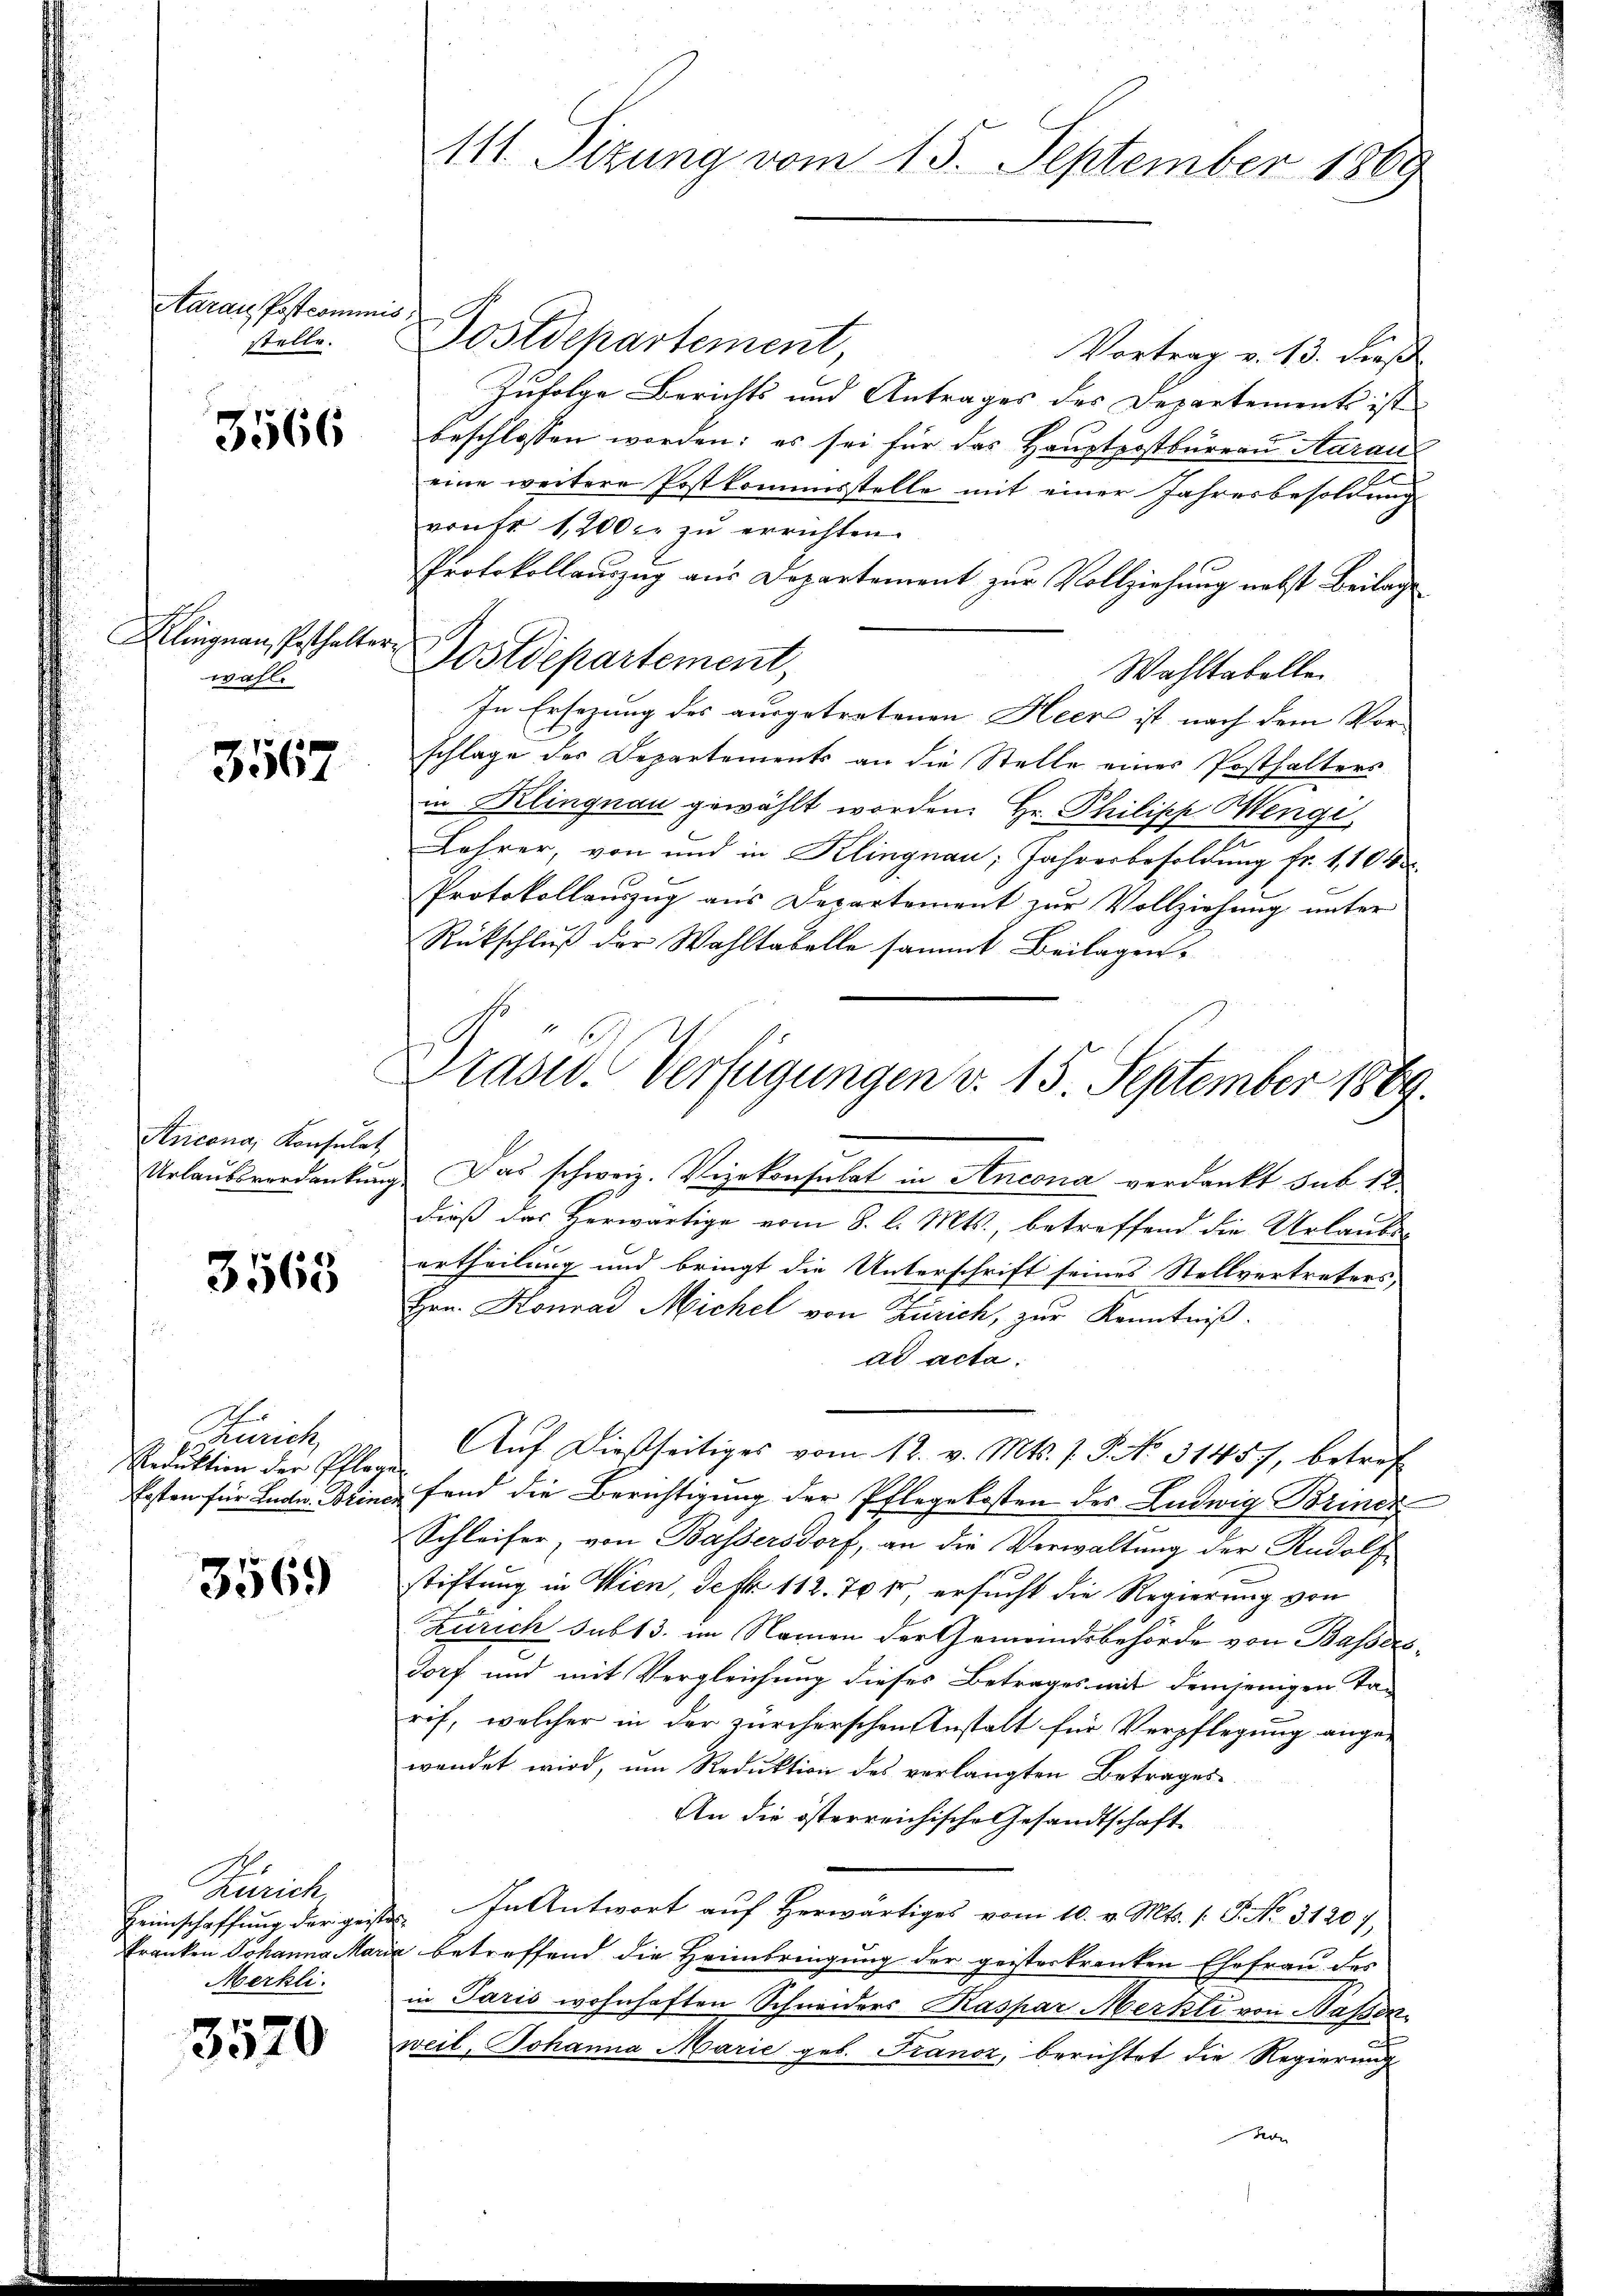
ctaraus Postcommis
stelle.

3566

wahl.

3567

Ancona, Konsulat

3565

Zürich
Reduktion der Pflegen

3569)

Zürich
Merhli.

7 x
3040

Postdepartement
Vortrag v. 13. dieß
Zufolge Berichts und Antrages des Departements ist
beschlossen worden; es sei für das Hauptpostbureau Aarau
eine weitere Postkommisstelle mit einer Jahresbesoldung
vontr 1200. zŭ errichten.
Protokollauszug aus Departement zur Vollziehung nebst Beilage
Wahltabelle.
In Ersezung des ausgetretenen Heer ist nach dem Vorschlage des Departements an die Stelle einer Posthalters
in Klingnau gewählt worden. Hr. Philipp Mengi,
Lehrer, von und in Klingnau, Jahresbesoldung fr. 1,104
Protokollauszug aus Departement zur Vollziehung unter
Rückschluß der Wahltabelle sammt Beilagen¬
Urlaŭbsverdankŭng das schweiz. Vizekonsulat in Ancona verdankt sub 12.
dieß das Herwärtige vom 8. l. Mts., betreffend die Urlaube-
ertheilung und bringt die Unterschrift seines Stellvertreters,
Hrn. Konrad Michel von Zürich, zur Kenntniß.
ad acta.
Auf dießseitiges vom 12. v. Mts. f. P. No. 31457, betref
Ersten für Ludw. Briner fand die Berichtigung der Pflegekosten der Ludwig Briner
Schleifer, von Bassersdorf, an die Verwaltung der Rudolf
stiftung in Wien, deft 112. 70 fr, ersucht die Regierung von
Zürich sub 13. im Namen der Gemeindsbehörde von Bassers¬
13x Dorf und mit Vergleichung dieses Betrages mit demjenigen Ta-
rif, welcher in der zürcherschen Anstalt für Verpflegung ange-
wendet wird, um Reduktion des verlangten Betrages
An die österreichische Gesandtschaft
Heimschaffung der gester. In Antwort auf Herwärtiges vom 10. v. Mts. 1. P. No. 31207,
Franken Johanna Maria betreffend die Heimbringung der geisterkranken Ehefrau des
in Paris wohnhaften Schneiders Kaspar Merkli von Massen
weil, Johanna Marie geb. Franz, berichtet die Regierung
n

111. Sitzung vom 15. September 1869

Kllingnau, Pesthalter Postdepartement,

Präsid. Verfügungen v. 15. September 1889.